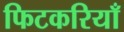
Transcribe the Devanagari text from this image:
फिटकरियाँ